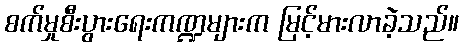
စက်မှုစီးပွားရေးကဏ္ဍများက မြင့်မားလာခဲ့သည်။